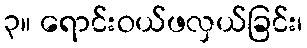
၃။ ရောင်းဝယ်ဖလှယ်ခြင်း၊